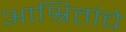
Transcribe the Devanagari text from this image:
आश्रितांचे